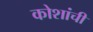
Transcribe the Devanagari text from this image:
कोशांची